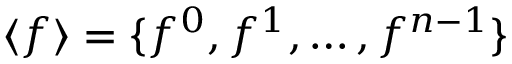
\langle f \rangle = \{ f ^ { 0 } , f ^ { 1 } , \dots , f ^ { n - 1 } \}